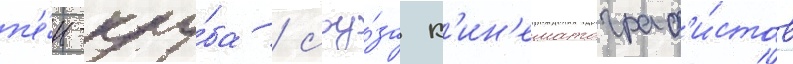
п'е́н-клу́ба / соу́за к'ин'ематограф'и́стов